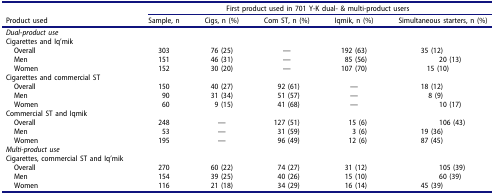
<table><thead><tr><td><b> </b></td><td colspan="5"><b>First product used in 701 Y-K dual- &amp; multi-product users</b></td></tr><tr><td><b>Product used</b></td><td><b>Sample, n</b></td><td><b>Cigs, n (%)</b></td><td><b>Com ST, n (%)</b></td><td><b>Iqmik, n (%)</b></td><td><b>Simultaneous starters, n (%)</b></td></tr></thead><tbody><tr><td><i>Dual-product use</i></td><td> </td><td> </td><td> </td><td> </td><td> </td></tr><tr><td>Cigarettes and Iq’mik</td><td> </td><td> </td><td> </td><td> </td><td> </td></tr><tr><td> Overall</td><td>303</td><td>76 (25)</td><td>—</td><td>192 (63)</td><td>35 (12)</td></tr><tr><td> Men</td><td>151</td><td>46 (31)</td><td>—</td><td>85 (56)</td><td>20 (13)</td></tr><tr><td> Women</td><td>152</td><td>30 (20)</td><td>—</td><td>107 (70)</td><td>15 (10)</td></tr><tr><td>Cigarettes and commercial ST</td><td> </td><td> </td><td> </td><td> </td><td> </td></tr><tr><td> Overall</td><td>150</td><td>40 (27)</td><td>92 (61)</td><td>—</td><td>18 (12)</td></tr><tr><td> Men</td><td>90</td><td>31 (34)</td><td>51 (57)</td><td>—</td><td>8 (9)</td></tr><tr><td> Women</td><td>60</td><td>9 (15)</td><td>41 (68)</td><td>—</td><td>10 (17)</td></tr><tr><td>Commercial ST and Iqmik</td><td> </td><td> </td><td> </td><td> </td><td> </td></tr><tr><td> Overall</td><td>248</td><td>—</td><td>127 (51)</td><td>15 (6)</td><td>106 (43)</td></tr><tr><td> Men</td><td>53</td><td>—</td><td>31 (59)</td><td>3 (6)</td><td>19 (36)</td></tr><tr><td> Women</td><td>195</td><td>—</td><td>96 (49)</td><td>12 (6)</td><td>87 (45)</td></tr><tr><td><i>Multi-product use</i></td><td> </td><td> </td><td> </td><td> </td><td> </td></tr><tr><td>Cigarettes, commercial ST and Iq’mik</td><td> </td><td> </td><td> </td><td> </td><td> </td></tr><tr><td> Overall</td><td>270</td><td>60 (22)</td><td>74 (27)</td><td>31 (12)</td><td>105 (39)</td></tr><tr><td> Men</td><td>154</td><td>39 (25)</td><td>40 (26)</td><td>15 (10)</td><td>60 (39)</td></tr><tr><td> Women</td><td>116</td><td>21 (18)</td><td>34 (29)</td><td>16 (14)</td><td>45 (39)</td></tr></tbody></table>